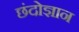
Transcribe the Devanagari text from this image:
छंदोज्ञान